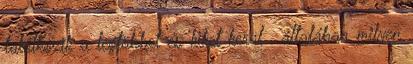
találkozik a legtöbbet és kiket kerül , általában milyen